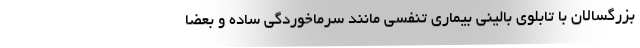
بزرگسالان با تابلوی بالینی بیماری تنفسی مانند سرماخوردگی ساده و بعضا